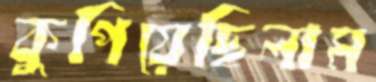
কুপিয়েছিলাম